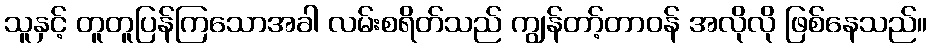
သူနှင့် တူတူပြန်ကြသောအခါ လမ်းစရိတ်သည် ကျွန်တာ့်တာဝန် အလိုလို ဖြစ်နေသည်။